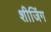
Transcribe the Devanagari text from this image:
शीजिंग